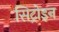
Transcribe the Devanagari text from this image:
सिट्रोइन